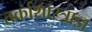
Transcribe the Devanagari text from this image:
तर्काशास्त्राज्ञ